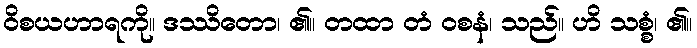
ဝိစယဟာရကို။ ဒဿိတော၊ ၏။ တထာ တံ ဝစနံ၊ သည်။ ဟိ သစ္စံ၊ ၏။